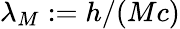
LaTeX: \lambda_{M}:=h/(Mc)